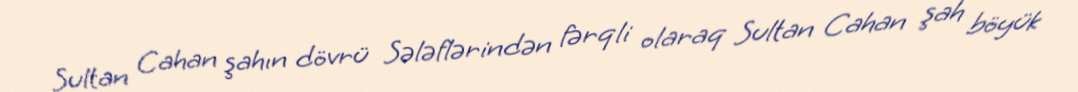
Sultan Cahan şahın dövrü Sələflərindən fərqli olaraq Sultan Cahan şah böyük